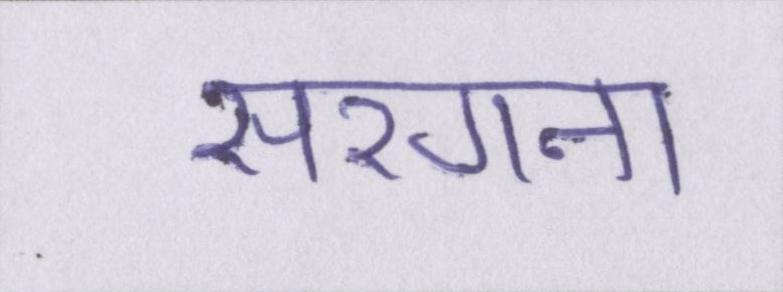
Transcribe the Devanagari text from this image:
सरगना